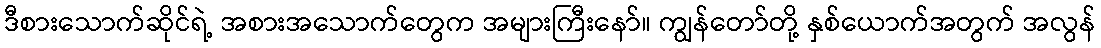
ဒီစားသောက်ဆိုင်ရဲ့ အစားအသောက်တွေက အများကြီးနော်။ ကျွန်တော်တို့ နှစ်ယောက်အတွက် အလွန်